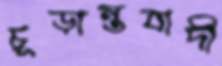
চূড়ান্তবাদী